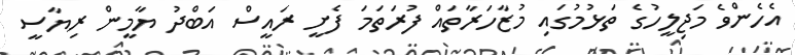
އެހެންވެ މަޖިލީހުގެ ތަޅުމުގައި މުޒާހަރާތައް ފުރަތަމަ ފެށީ ރައީސް އަބްދު ޔާމީން ރިޔާސީ